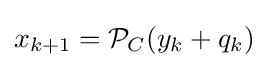
x_{k+1}={\mathcal {P}}_{C}(y_{k}+q_{k})